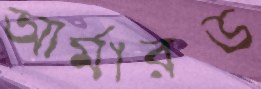
আর্মারড